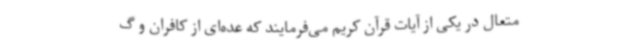
متعال در یکی از آیات قرآن کریم می‌فرمایند که عده‌ای از کافران و گ